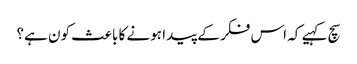
سچ کہیے کہ اس فکر کے پیدا ہونے کا باعث کون ہے؟